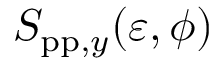
S _ { \mathrm { p p } , y } ( \varepsilon , \phi )